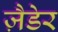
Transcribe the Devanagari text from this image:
ज़ैडेर